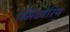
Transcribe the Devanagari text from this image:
स्मिंदबेरिय